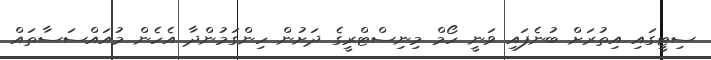
ސިޓީގައި އިތުރަށް ބުނެފައި ވަނީ ހޯމް މިނިސްޓްރީގެ ދަށުން ހިންގަމުންދާ އެހެން މުއައްސަސާތައް